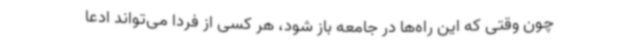
چون وقتی که این راه‌ها در جامعه باز شود، هر کسی از فردا می‌تواند ادعا